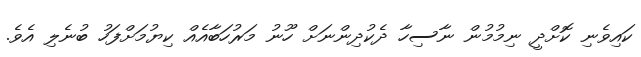
ކައިވެނި ކޮށްދީ ނިމުމުން ނާސިހާ ދެކުދިންނަށް ހޫނު މަރުހަބާއެއް ކިޔުމަށްފަހު ބުނެލި އެވެ.